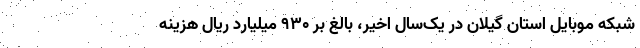
شبکه موبایل استان گیلان در یک‌سال اخیر، بالغ بر ٩٣٠ میلیارد ریال هزینه